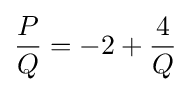
{\dfrac {P}{Q}}=-2+{\dfrac {4}{Q}}